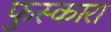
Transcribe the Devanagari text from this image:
फुस्कारा